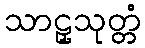
သာဠှသုတ္တံ